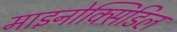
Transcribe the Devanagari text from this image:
माइनोक्सिडिल